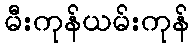
မီးကုန်ယမ်းကုန်